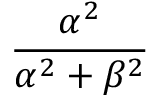
\frac { \alpha ^ { 2 } } { \alpha ^ { 2 } + \beta ^ { 2 } }